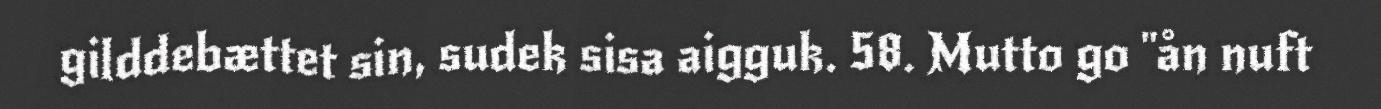
gilddebættet sin, sudek sisa aigguk. 58. Mutto go "ån nuft